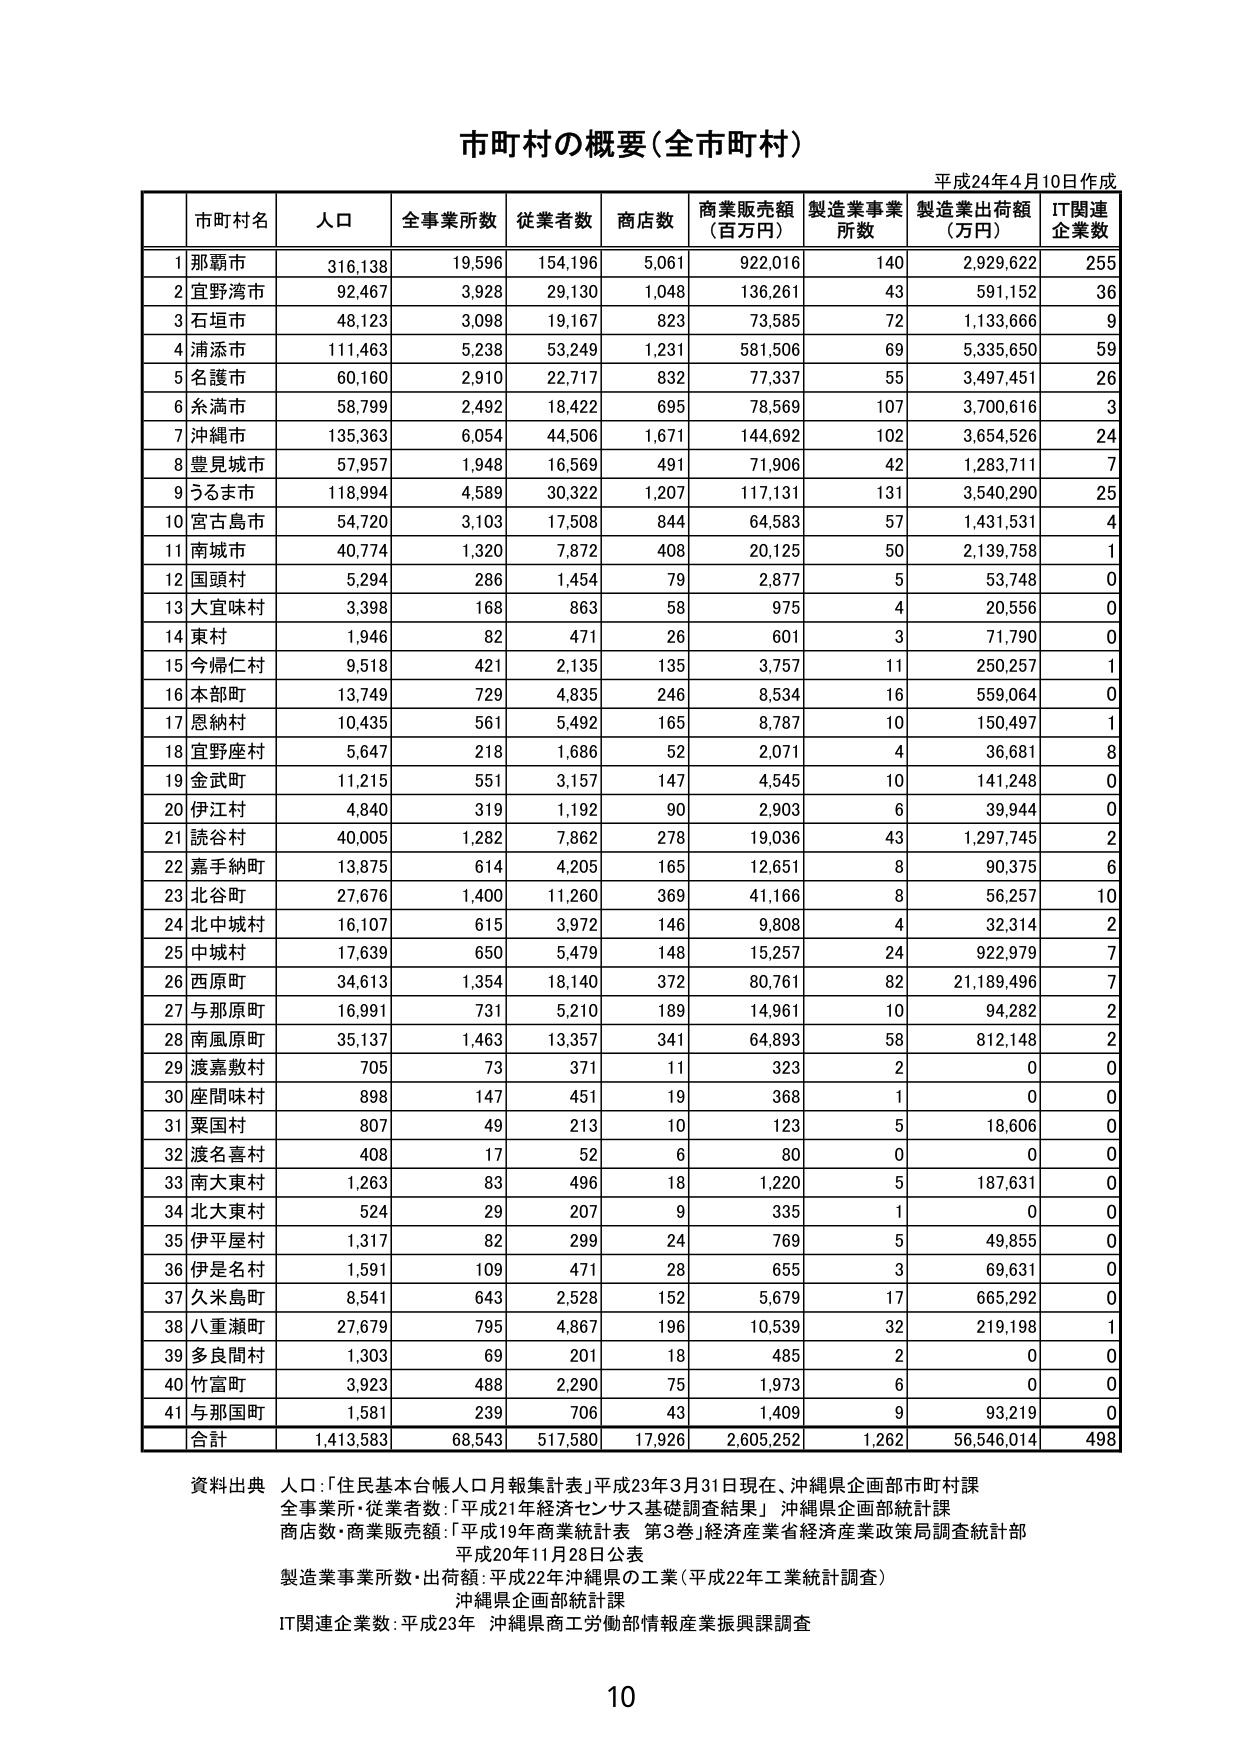
市町村の概要（全市町村）
平成24年4月10日作成

市町村名　人口　全事業所数　従業者数　商店数　商業販売額（百万円）　製造業事業所数　製造業出荷額（万円）　IT関連企業数

1 那覇市　316,138　19,596　154,196　5,061　922,016　140　2,929,622　255
2 宜野湾市　92,467　3,928　29,130　1,048　136,261　43　591,152　36
3 石垣市　48,123　3,098　19,167　823　73,585　72　1,133,666　9
4 浦添市　111,463　5,238　53,249　1,231　581,506　69　5,335,650　59
5 名護市　60,160　2,910　22,717　832　77,337　55　3,497,451　26
6 糸満市　58,799　2,492　18,422　695　78,569　107　3,700,616　3
7 沖縄市　135,363　6,054　44,506　1,671　144,692　102　3,654,526　24
8 豊見城市　57,957　1,948　16,569　491　71,906　42　1,283,711　7
9 うるま市　118,994　4,589　30,322　1,207　117,131　131　3,540,290　25
10 宮古島市　54,720　3,103　17,508　844　64,583　57　1,431,531　4
11 南城市　40,774　1,320　7,872　408　20,125　50　2,139,758　1
12 国頭村　5,294　286　1,454　79　2,877　5　53,748　0
13 大宜味村　3,398　168　863　58　975　4　20,556　0
14 東村　1,946　82　471　26　601　3　71,790　0
15 今帰仁村　9,518　421　2,135　135　3,757　11　250,257　1
16 本部町　13,749　729　4,835　246　8,534　16　559,064　0
17 恩納村　10,435　561　5,492　165　8,787　10　150,497　1
18 宜野座村　5,647　218　1,686　52　2,071　4　36,681　8
19 金武町　11,215　551　3,157　147　4,545　10　141,248　0
20 伊江村　4,840　319　1,192　90　2,903　6　39,944　0
21 読谷村　40,005　1,282　7,862　278　19,036　43　1,297,745　2
22 嘉手納町　13,875　614　4,205　165　12,651　8　90,375　6
23 北谷町　27,676　1,400　11,260　369　41,166　8　56,257　10
24 北中城村　16,107　615　3,972　146　9,808　4　32,314　2
25 中城村　17,639　650　5,479　148　15,257　24　922,979　7
26 西原町　34,613　1,354　18,140　372　80,761　82　2,189,496　7
27 与那原町　16,991　731　5,210　189　14,961　10　94,282　2
28 南風原町　35,137　1,463　13,357　341　64,893　58　812,148　2
29 渡嘉敷村　705　73　371　11　323　2　0　0
30 座間味村　898　147　451　19　368　1　0　0
31 粟国村　807　49　213　10　123　5　18,606　0
32 渡名喜村　408　17　52　6　80　0　0　0
33 南大東村　1,263　83　496　18　1,220　5　187,631　0
34 北大東村　524　29　207　9　335　1　0　0
35 伊平屋村　1,317　82　299　24　769　5　49,855　0
36 伊是名村　1,591　109　471　28　655　3　69,631　0
37 久米島町　8,541　643　2,528　152　5,679　17　665,292　0
38 八重瀬町　27,679　795　4,867　196　10,539　32　219,198　1
39 多良間村　1,303　69　201　18　485　2　0　0
40 竹富町　3,923　488　2,290　75　1,973　6　0　0
41 与那国町　1,581　239　706　43　1,409　9　93,219　0

合計　1,413,583　68,543　517,580　17,926　2,605,252　1,262　56,546,014　498

資料出典
人口：「住民基本台帳人口月報集計表」平成23年3月31日現在、沖縄県企画部市町村課
全事業所・従業者数：「平成21年経済センサス基礎調査結果」 沖縄県企画部統計課
商店数・商業販売額：「平成19年商業統計表 第3巻」経済産業省経済産業政策局調査統計部
平成20年11月28日公表
製造業事業所数・出荷額：平成22年沖縄県の工業（平成22年工業統計調査）
沖縄県企画部統計課
IT関連企業数：平成23年 沖縄県商工労働部情報産業振興課調査

10